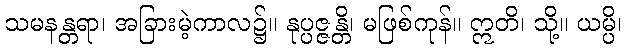
သမနန္တရာ၊ အခြားမဲ့ကာလ၌။ နုပ္ပဇ္ဇန္တိ၊ မဖြစ်ကုန်။ ဣတိ၊ သို့။ ယမ္ပိ၊